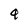
Character: 4